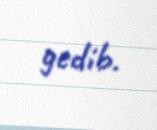
gedib.